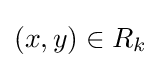
(x,y)\in R_{k}